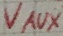
Text: VAUX